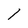
Character: 1